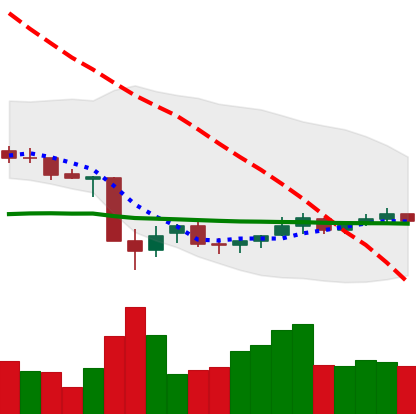
Ticker: NEO-USD
Chart end date: 2021-07-05
Forward return: -5.19%
Label: down_5_7